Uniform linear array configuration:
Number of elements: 32
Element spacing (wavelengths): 0.5
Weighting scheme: uniform
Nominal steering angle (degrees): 15
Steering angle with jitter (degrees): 15.952
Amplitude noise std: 0.05
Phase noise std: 0.05

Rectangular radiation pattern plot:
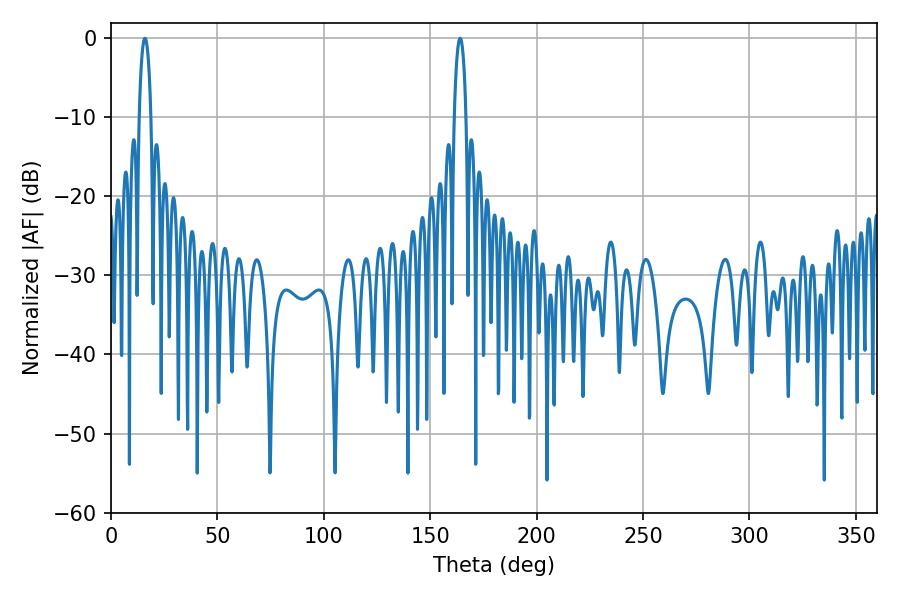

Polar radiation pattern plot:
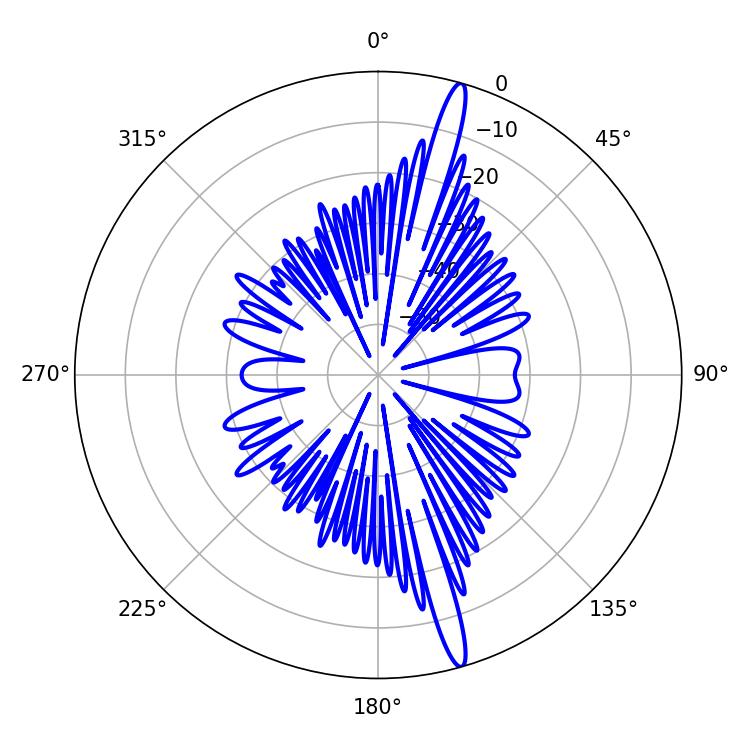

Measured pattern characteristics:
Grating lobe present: FALSE
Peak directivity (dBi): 17.569
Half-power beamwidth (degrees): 3.06
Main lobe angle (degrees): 16.02